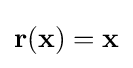
\mathbf {r} (\mathbf {x} )=\mathbf {x}